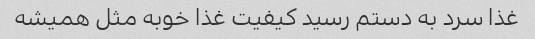
غذا سرد به دستم رسید کیفیت غذا خوبه مثل همیشه